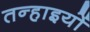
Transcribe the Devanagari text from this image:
तन्हाइयों